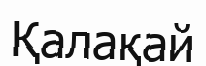
Қалақай